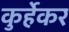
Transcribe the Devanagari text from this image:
कुर्हेकर